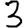
Digit: 3